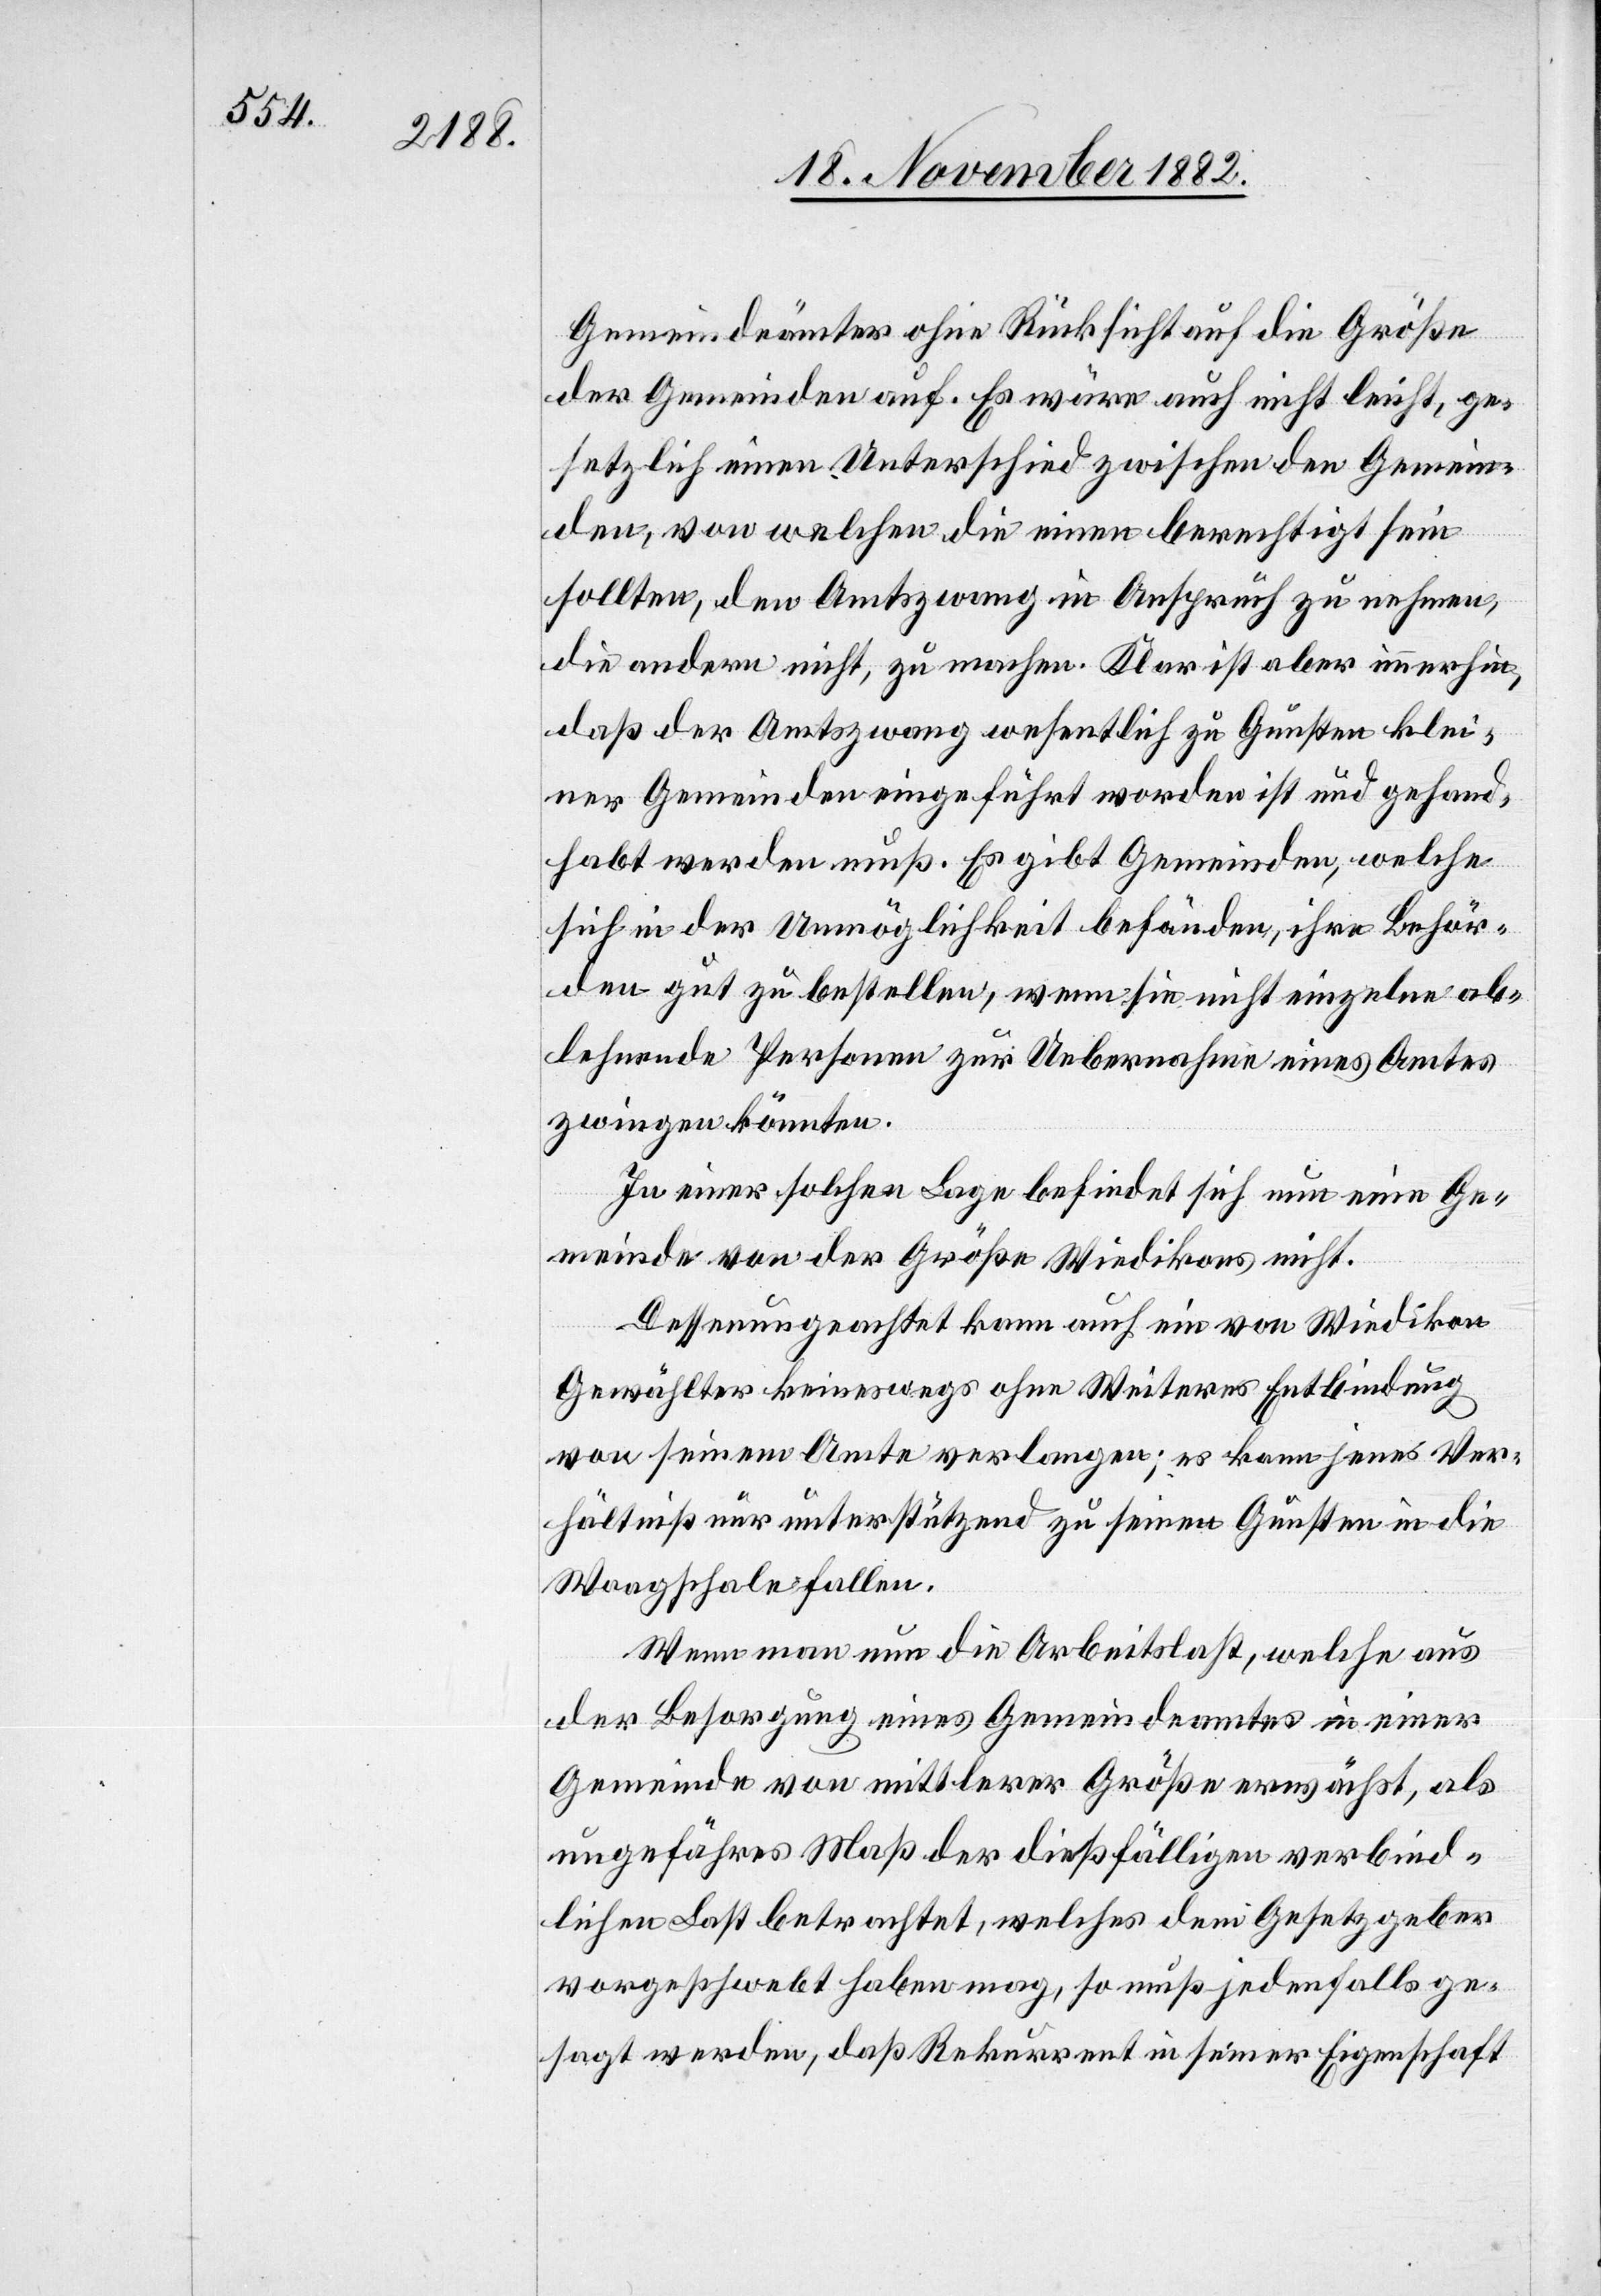
Gemeindeämter ohne Rücksicht auf die Größe
der Gemeinden auf. Es wäre auch nicht leicht, ge¬
setzlich einen Unterschied zwischen den Gemein¬
den, von welchen die einen berechtigt sein
sollten, den Amtszwang in Anspruch zu nehmen,
die andern nicht, zu machen. Klar ist aber immerhin,
daß der Amtszwang wesentlich zu Gunsten klei¬
ner Gemeinden eingeführt worden ist und gehand¬
habt werden muß. Es gibt Gemeinden, welche
sich in der Unmöglichkeit befänden, ihre Behör¬
den gut zu bestellen, wenn sie nicht einzelne ab¬
lehnende Personen zur Uebernahme eines Amtes
zwingen könnten.
In einer solchen Lage befindet sich nun eine Ge¬
meinde von der Größe Wiedikons nicht.
Dessen ungeachtet kann auch ein von Wiedikon
Gewählter keineswegs ohne Weiteres Entbindung
von seinem Amte verlangen; es kann jenes Ver¬
hältniß nur unterstützend zu seinen Gunsten in die
Waagschale fallen.
Wen man nun die Arbeitslast, welche aus
den Besorgung eines Gemeindeamtes in einer
Gemeinde von mittlerer Größe erwächst, als
ungefähres Maß der dießfälligen verbind¬
lichen Last betrachtet, welches dem Gesetzgeber
vorgeschwebt haben mag, so muß jedenfalls ge¬
sagt werden, daß Rekurrent in seiner Eigenschaft